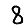
Digit: 8